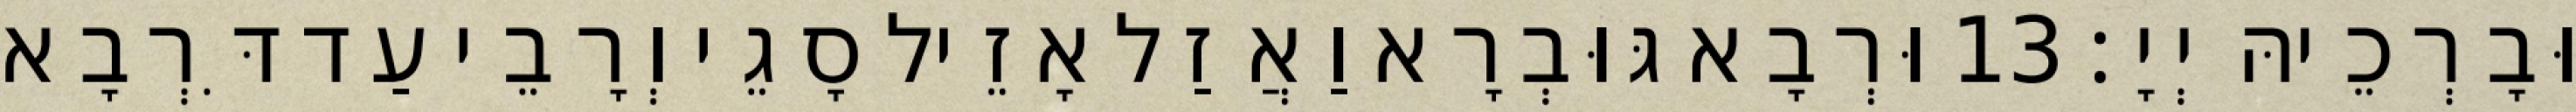
וּבָרְכֵיהּ יְיָ׃ 13 וּרְבָא גּוּבְרָא וַאֲזַל אָזֵיל סָגֵי וְרָבֵי עַד דִּרְבָא